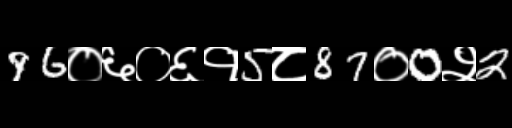
Text: 96०६०६१5८87०0२2